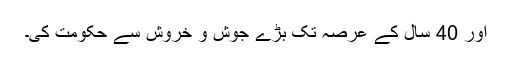
اور 40 سال کے عرصہ تک بڑے جوش و خروش سے حکومت کی۔